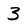
Character: 3